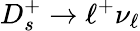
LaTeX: D_{s}^{+}\to\ell^{+}\nu_{\ell}